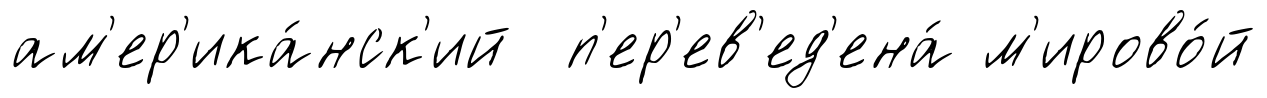
ам'ер'ика́нск'ий п'ер'ев'ед'ена́ м'ирово́й